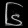
Digit: ၆